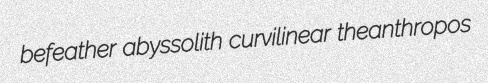
befeather abyssolith curvilinear theanthropos